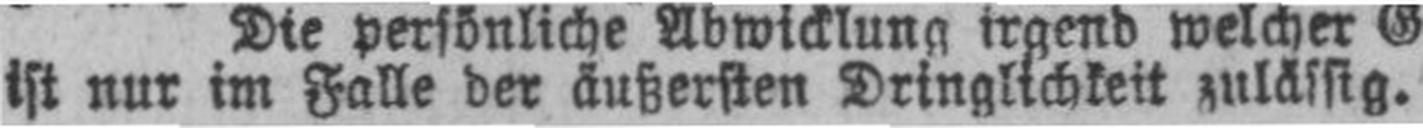
ist nur im Falle der äußersten Dringlichkeit zulässig.